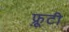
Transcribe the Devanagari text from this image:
फ़्रूटी